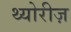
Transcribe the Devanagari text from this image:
थ्योरीज़